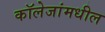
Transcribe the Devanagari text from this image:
कॉलेजांमधील